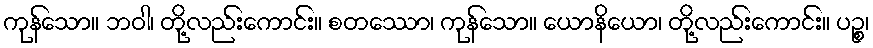
ကုန်သော။ ဘဝါ၊ တို့လည်းကောင်း။ စတဿော၊ ကုန်သော။ ယောနိယော၊ တို့လည်းကောင်း။ ပဉ္စ၊